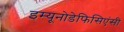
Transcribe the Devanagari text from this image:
इम्यूनोडेफिसिएंसी